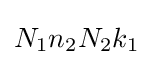
N_{1}n_{2}N_{2}k_{1}